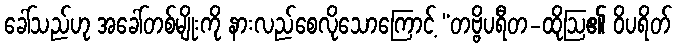
ခေါ်သည်ဟု အခေါ်တစ်မျိုးကို နားလည်စေလိုသောကြောင့် “တဗ္ဗိပရီတ-ထိုဩ၏ ဝိပရိတ်